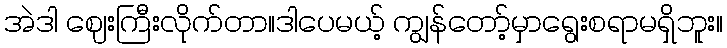
အဲဒါ ဈေးကြီးလိုက်တာ။ဒါပေမယ့် ကျွန်တော့်မှာရွေးစရာမရှိဘူး။